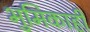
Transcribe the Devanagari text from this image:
भुमिकाही